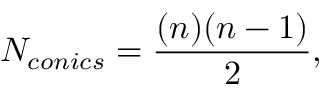
N _ { c o n i c s } = \frac { ( n ) ( n - 1 ) } { 2 } ,